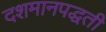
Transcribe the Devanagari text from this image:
दशमानपद्धती